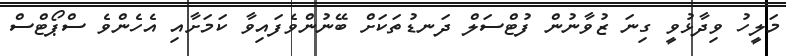
މަލީހު ވިދާޅުވީ ގިނަ ޒުވާނުން ފުޓްސަލް ދަނޑުތަކަށް ބޭނުންވެފައިވާ ކަމަށާއި އެހެންވެ ސްޕޯޓްސް